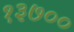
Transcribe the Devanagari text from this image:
१३७००